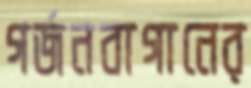
গর্জনবাগানের